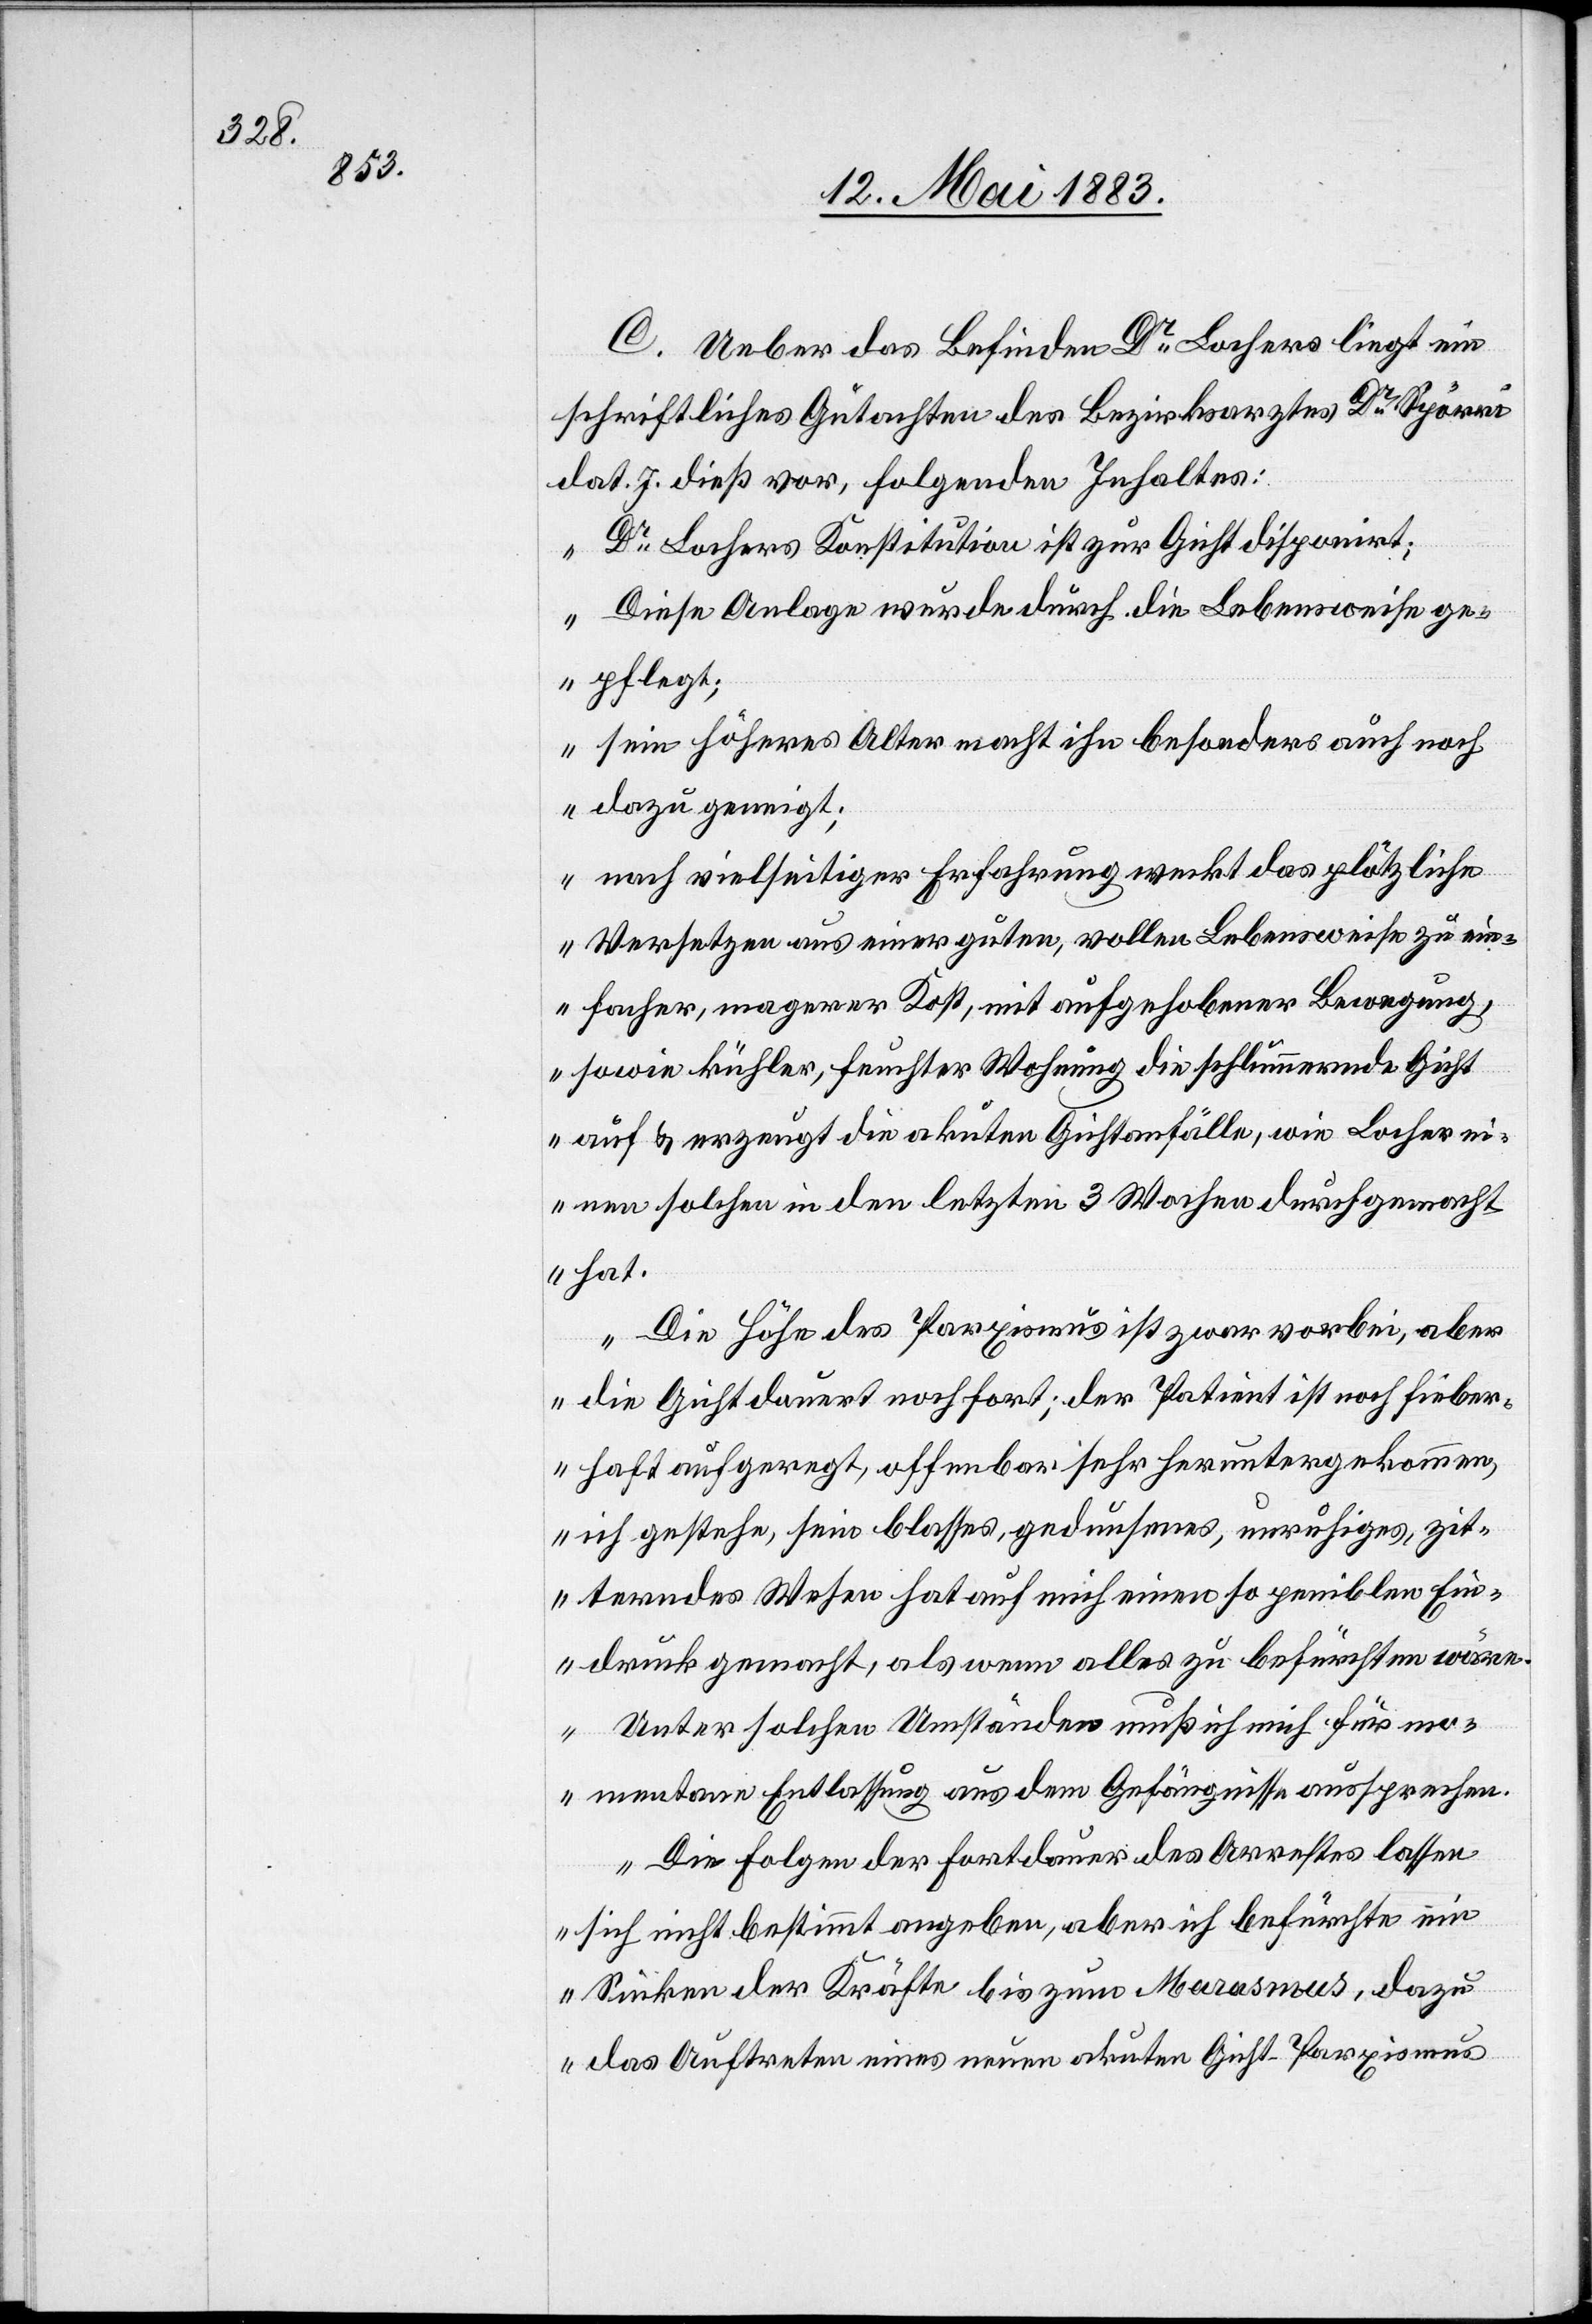
C. Ueber das Befinden Dr Lochers liegt ein
schriftliches Gutachten des Bezirksarztes Dr Spörri
dat. 7. dieß vor, folgenden Inhaltes:
„Dr Lochers Konstitution ist zur Gicht disponirt;
Diese Anlage wurden durch die Lebensweise ge¬
pflegt;
sein höheres Alter macht ihn besonders auch noch
dazu geneigt;
nach vielseitiger Erfahrung weckt das plötzliche
Versetzen aus einer guten, vollen Lebensweise zu ein¬
facher, magerer Kost, mit aufgehobener Bewegung,
sowie kühler, feuchter Wohnung die schlimmernde Gicht
auf & erzeugt die akuten Gichtanfälle, wie Locher ei¬
nen solchen in den letzten 3 Wochen durchgemacht
hat.
Die Höhe des Parxismus ist zwar vorbei, aber
die Gicht dauert noch fort; der Patient ist noch fieber¬
haft aufgeregt, offenbar sehr heruntergekommen,
ich gestehe, sein blasses, gedunsenes, unruhiges, zit¬
terndes Wesen hat auch nicht einen so peniblen Ein¬
druck gemacht, als wenn alles zu befürchten wäre.
Unter solchen Umstände muß ich mich für mo¬
mentane Entlassung aus dem Gefängnisse aussprechen.
Die Folge der Fortdauer des Arrestes lassen
sich nicht bestimmt angeben, aber ich befürchte ein
Sinken der Kräfte bis zum Marasmus, dazu
das Auftreten eines neuen akuten Gicht-Parxismus